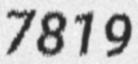
7819